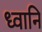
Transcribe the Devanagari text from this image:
ध्वानि